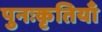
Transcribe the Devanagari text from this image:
पुनःकृतियाँ